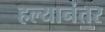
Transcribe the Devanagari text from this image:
हल्यानंतर